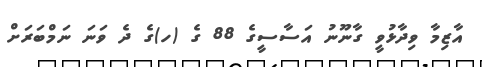
އާޒިމާ ވިދާޅުވީ ގާނޫނު އަސާސީގެ 88 ގެ (ހ)ގެ ދެ ވަނަ ނަމްބަރަށް